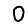
Digit: 0